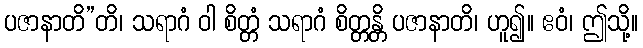
ပဇာနာတိ”တိ၊ သရာဂံ ဝါ စိတ္တံ သရာဂံ စိတ္တန္တိ ပဇာနာတိ၊ ဟူ၍။ ဧဝံ၊ ဤသို့။